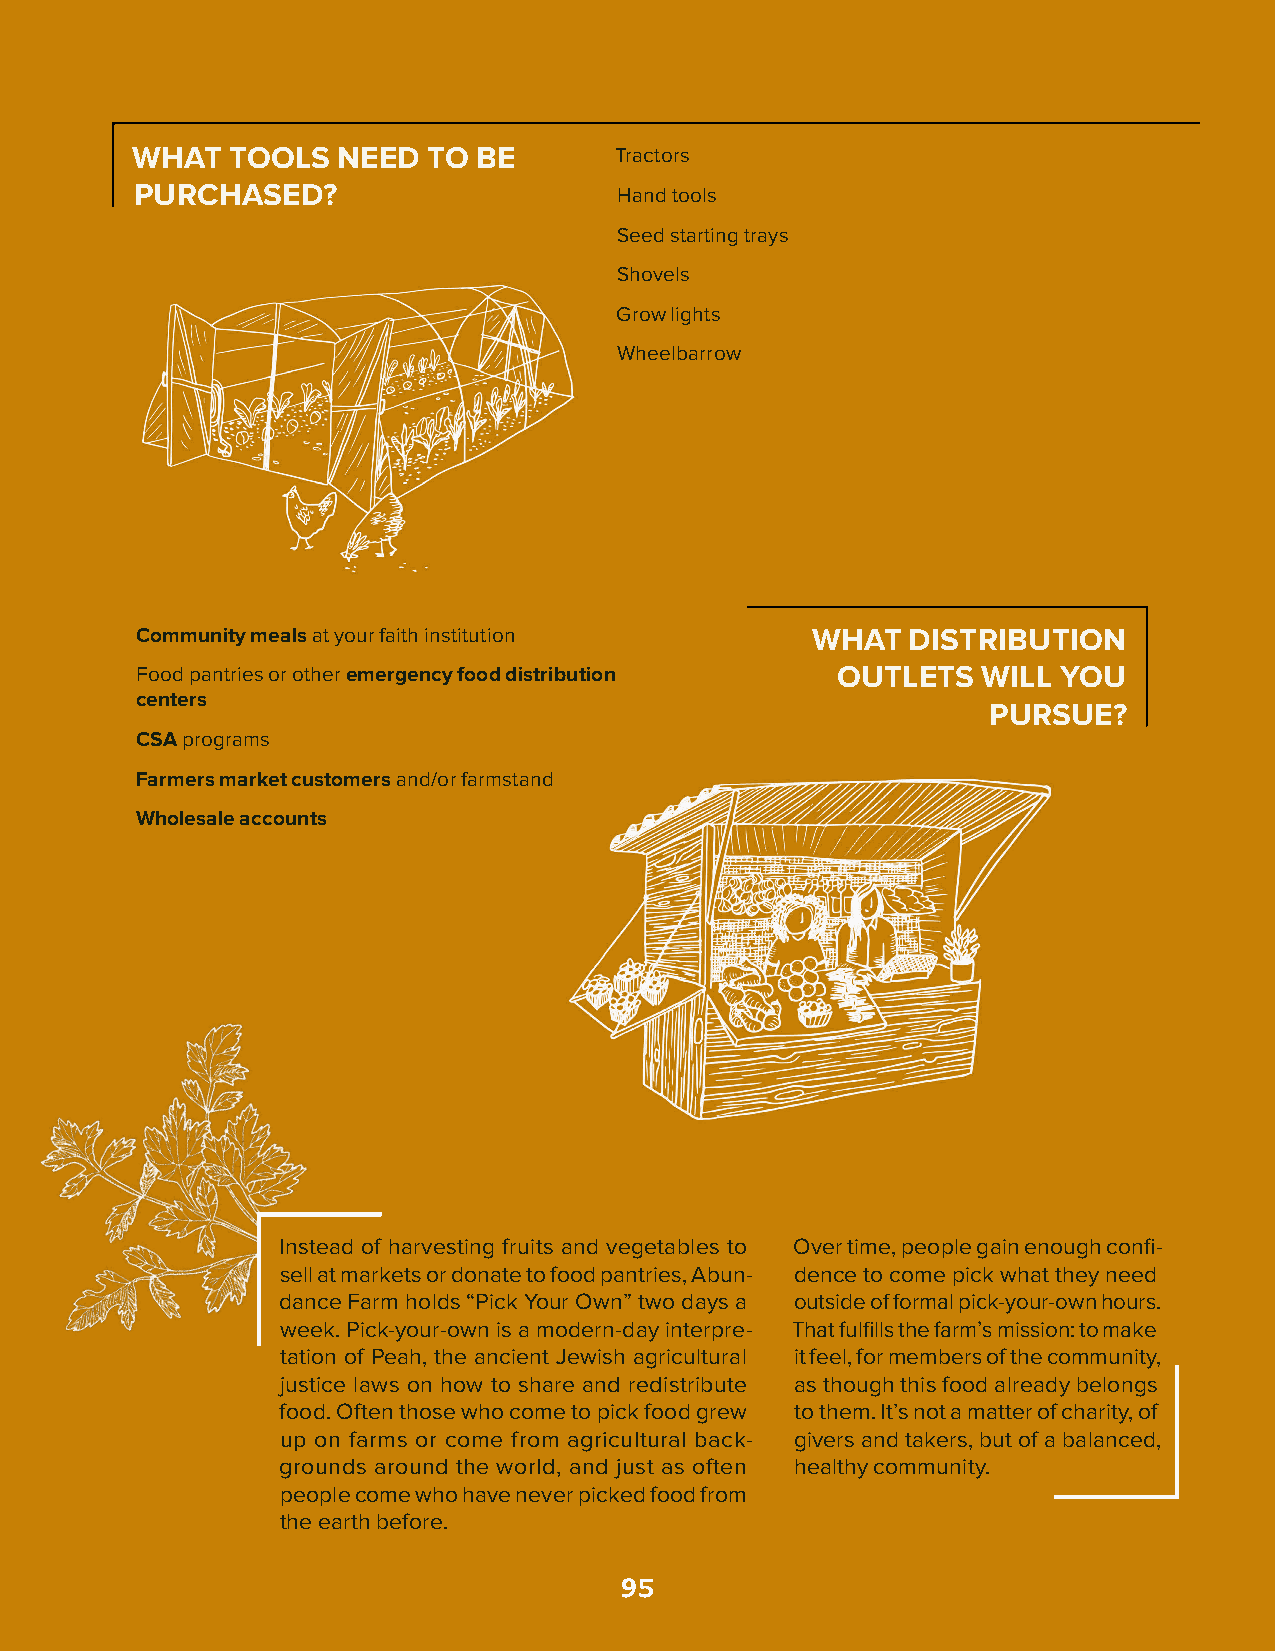
WHAT  TOOLS  NEED  TO  BE       Tractors
 PURCHASED?                      Hand tools
 Seed starting trays
 Shovels
 Grow lights
 Wheelbarrow
 Community meals at your faith institution    WHAT  DISTRIBUTION
 Food pantries or other emergency food distribution OUTLETS WILL YOU
 centers
 PURSUE?
 CSA programs
 Farmers market customers and/or farmstand
 Wholesale accounts
 Instead of harvesting fruits and vegetables to Over time, people gain enough confi-
 sell at markets or donate to food pantries, Abun- dence to come pick what they need
 dance Farm holds “Pick Your Own” two days a outside of formal pick-your-own hours.
 week. Pick-your-own is a modern-day interpre- That fulfills the farm’s mission: to make
 tation of Peah, the ancient Jewish agricultural it feel, for members of the community,
 justice laws on how to share and redistribute as though this food already belongs
 food. Often those who come to pick food grew to them. It’s not a matter of charity, of
 up on farms or come from agricultural back- givers and takers, but of a balanced,
 grounds around the world, and just as often healthy community.
 people come who have never picked food from
 the earth before.
 95